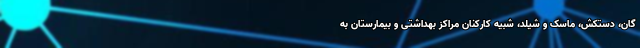
گان، دستکش، ماسک و شیلد، شبیه کارکنان مراکز بهداشتی و بیمارستان به